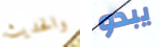
والحديث يبدو